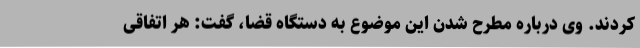
کردند. وی درباره مطرح شدن این موضوع به دستگاه قضا، گفت: هر اتفاقی